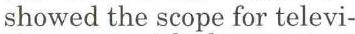
showed the scope for televi-